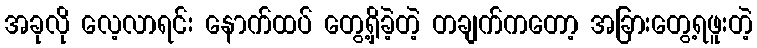
အခုလို လေ့လာရင်း နောက်ထပ် တွေ့ရှိခဲ့တဲ့ တချက်ကတော့ အခြားတွေ့ရဖူးတဲ့